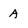
Character: a